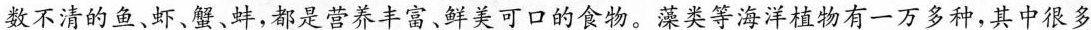
数不清的鱼、虾、蟹、蚌，都是营养丰富、鲜美可口的食物。藻类等海洋植物有一万多种，其中很多